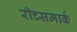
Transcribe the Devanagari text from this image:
रीच्समार्क